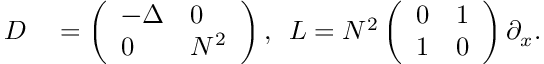
\begin{array} { r l } { D } & { { } = \left( \begin{array} { l l } { - \Delta } & { 0 } \\ { 0 } & { N ^ { 2 } } \end{array} \right) , \, \, \, L = N ^ { 2 } \left( \begin{array} { l l } { 0 } & { 1 } \\ { 1 } & { 0 } \end{array} \right) \partial _ { x } . } \end{array}